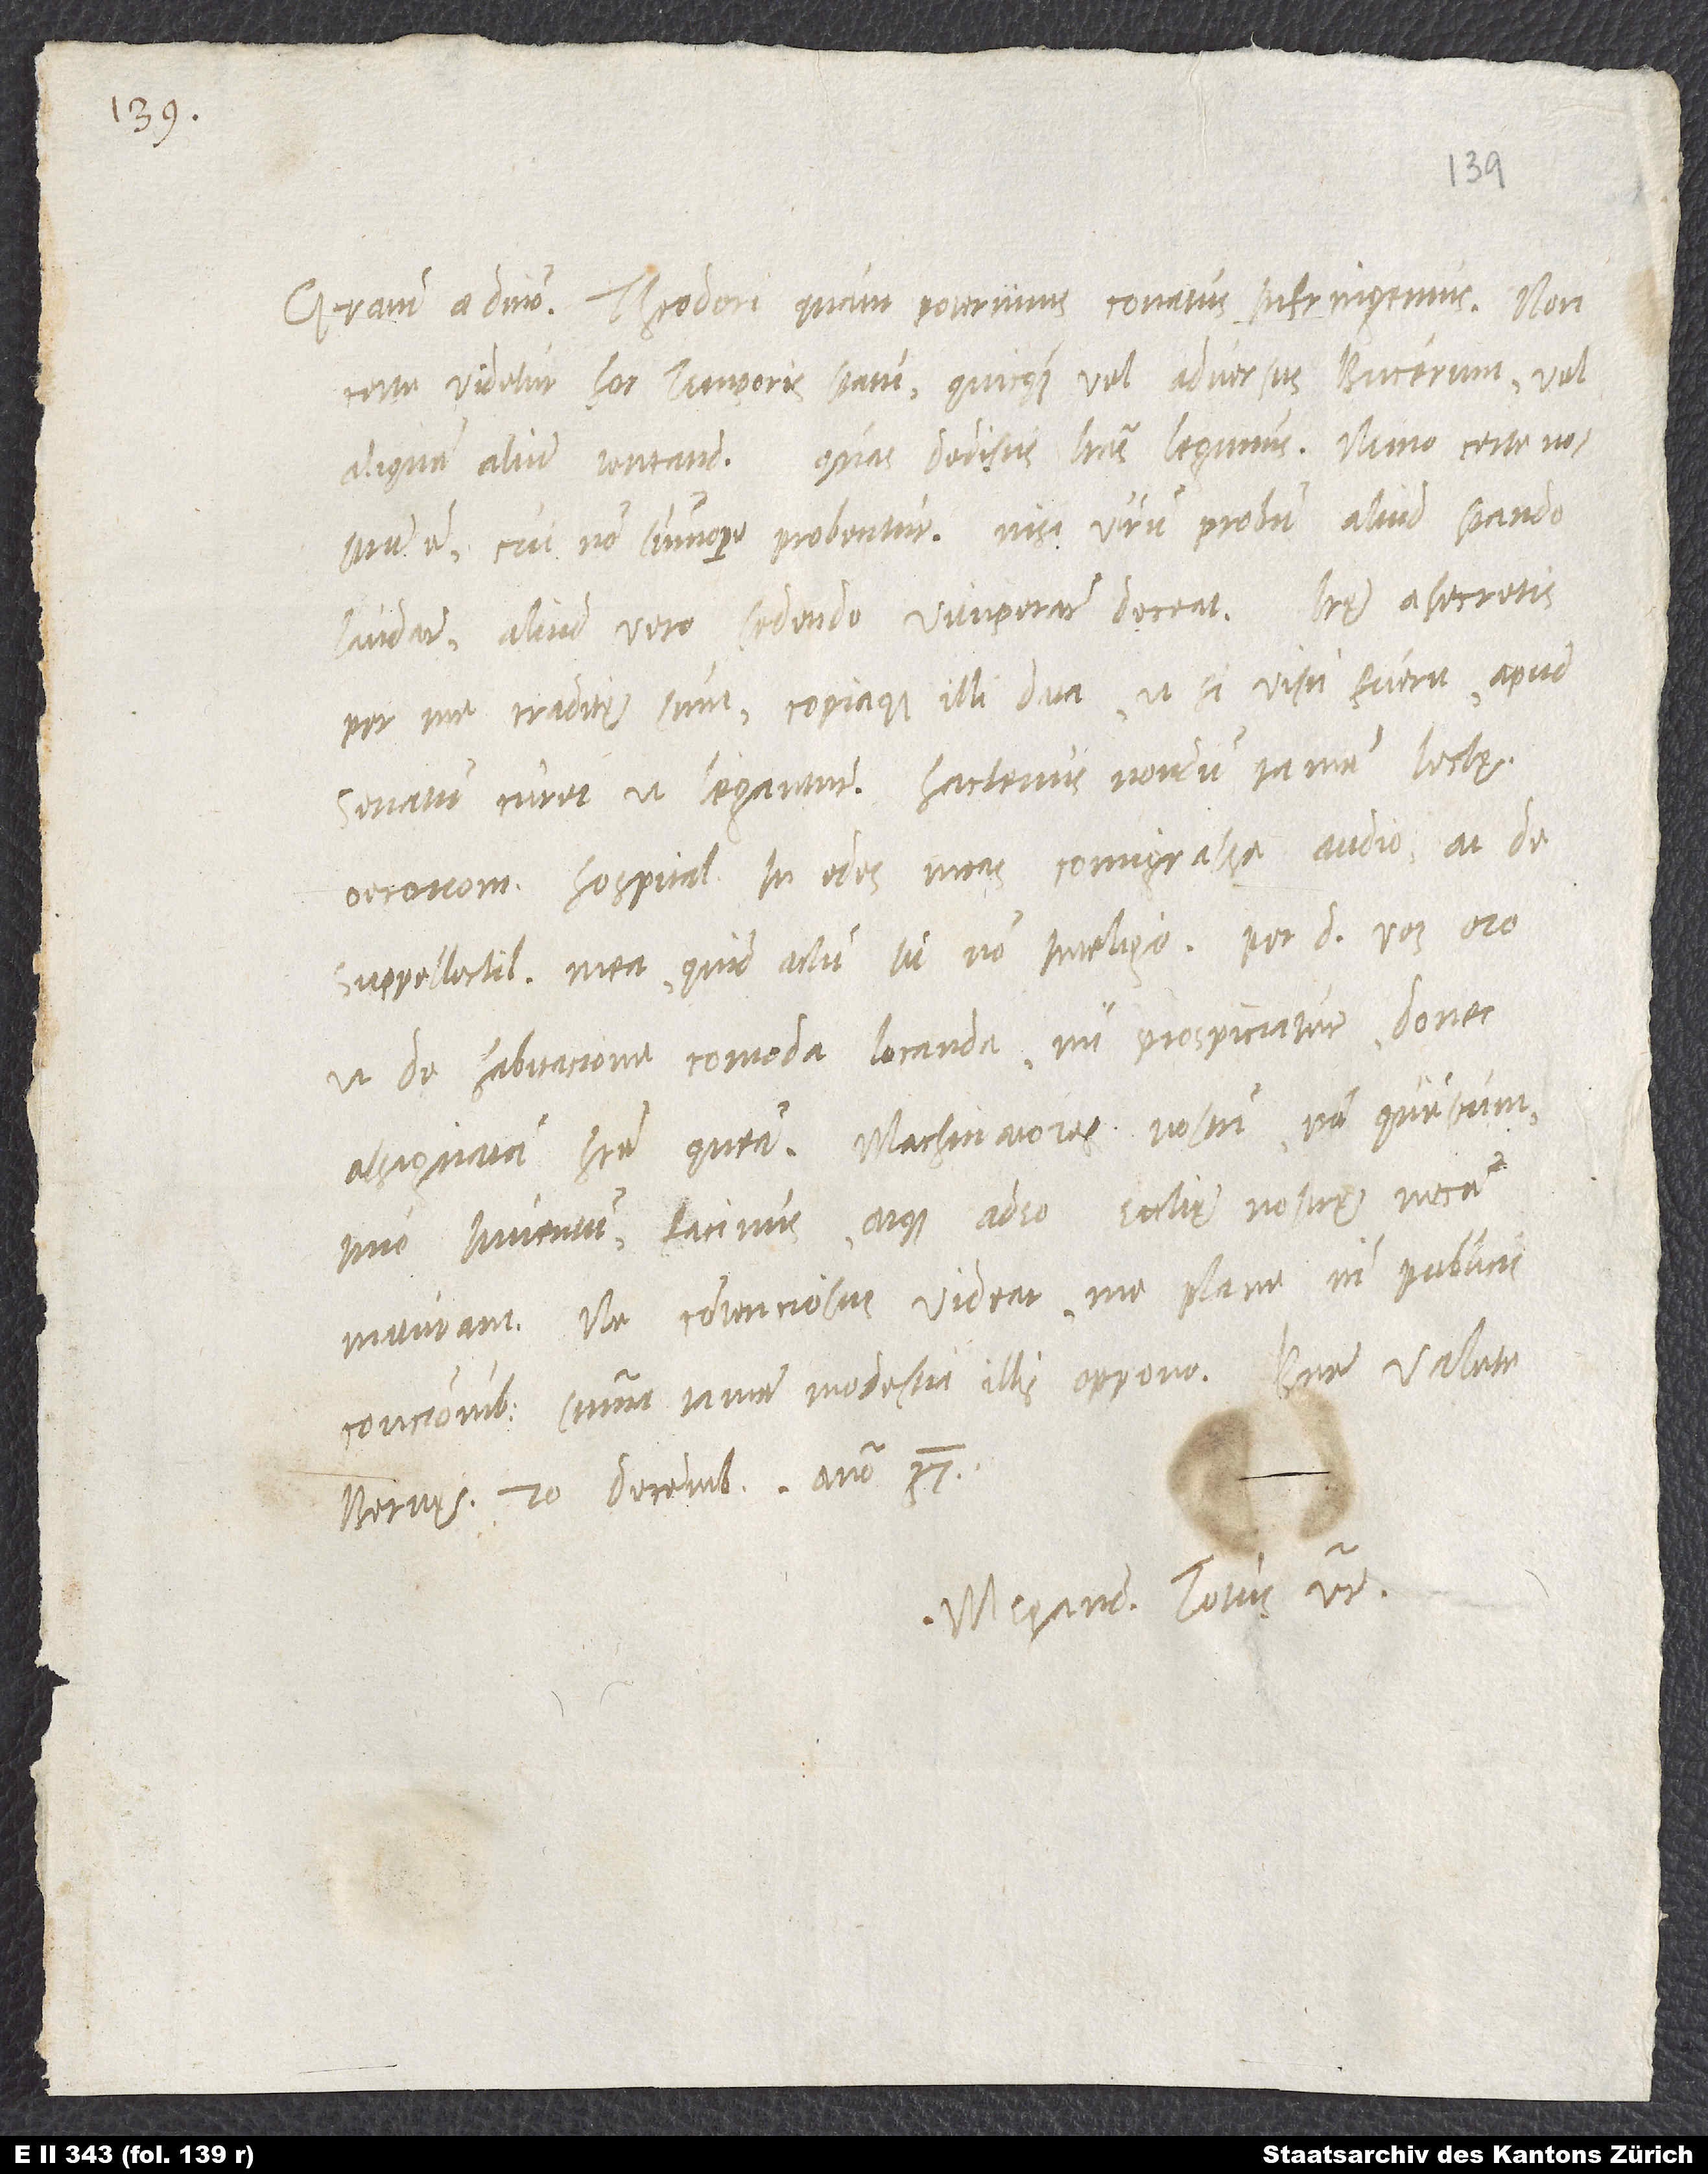
Gratiam a domino. Theodori, quam poterimus, conatus infringemus; non
certe videtur hoc temporis statu quicquam vel adversus Bucerum vel
aliquem alium tentandum. Quas dedistis literas, legimus. Nemo certe nostrum
est, cui non summopere probentur, nisi virum probum aliud stando
laudare, aliud vero sedendo vituperare deceat. Literę asecretis
per me traditę sunt copiaque illi data, ut, si visum fuerit, apud
senatum curet, ut legantur; hactenus nondum tamen lectę.
Oeconomum hospitalis in edes meas comigrasse audio; at de
suppellectili mea quid actum sit, non inteligo. Per dominum vos oro,
ut de habitacione comoda locanda mihi prospiciatur, donec
assignatam habere queam. Machinatores nostri; nam questum,
imo inventum facinus, atque adeo ecclesię nostrę necem
maturant. Ne contenciosus videar, me plane nisi publicis
concionibus summa tamen modestia illis oppono. Bene valete.
Bernę, 20. decembris anno 37.
Megand. totus vester.